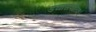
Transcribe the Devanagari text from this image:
डयासपोरिक।